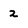
Character: 2